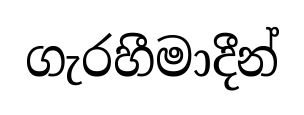
ගැරහීමාදීන්